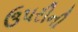
ઉપરીની